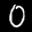
Label: 0